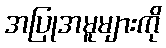
အပြုအမူများကို